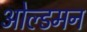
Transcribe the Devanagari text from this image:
ओल्डमन